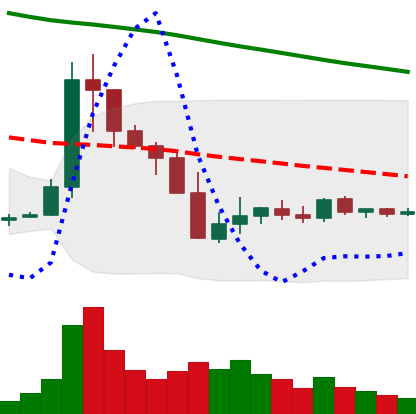
Ticker: XLM-USD
Chart end date: 2019-10-04
Forward return: 7.209%
Label: up_7plus